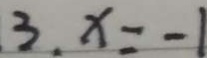
3 , x = - 1